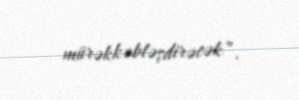
mürəkkəbləşdirəcək”.